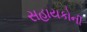
સહાયકોની